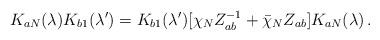
LaTeX: \begin{align*}K _{aN}(\lambda)K_{b1}(\lambda ^\prime)=K_{b1}(\lambda ^\prime)[\chi _N Z_{ab}^{-1}+\bar \chi _N Z_{ab}]K_{aN}(\lambda )\, . \end{align*}